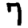
Digit: 7